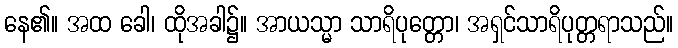
နေ၏။ အထ ခေါ၊ ထိုအခါ၌။ အာယသ္မာ သာရိပုတ္တော၊ အရှင်သာရိပုတ္တရာသည်။